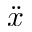
\ddot { x }